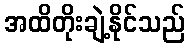
အထိတိုးချဲ့နိုင်သည်